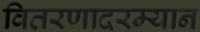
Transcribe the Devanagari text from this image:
वितरणादरम्यान